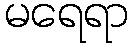
မရေရာ